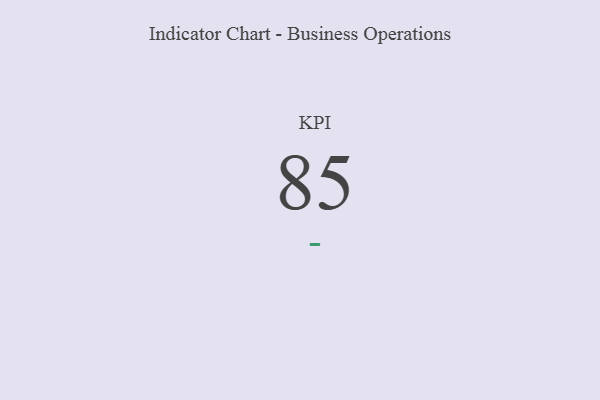
{"axis": {"x": "KPI", "y": "Value"}, "legend": [""], "data": [{"x": "KPI", "y": 85, "type": ""}]}